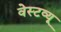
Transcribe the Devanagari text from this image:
वेस्टव्यू